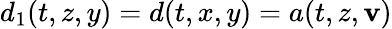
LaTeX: d_{1}(t,z,y)=d(t,x,y)=a(t,z,\mathbf{v})